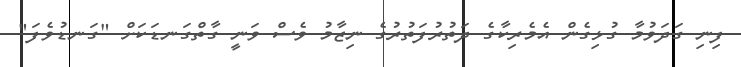
ފިނި ގަދަވުމާ ގުޅިގެން އެމެރިކާގެ ދަތުރުފަތުރުގެ ނިޒާމު ވެސް ވަނީ ގާތްގަނޑަކަށް "ގަނޑުވެފަ"